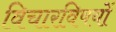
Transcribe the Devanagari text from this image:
विचारविषयों